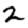
Digit: 2